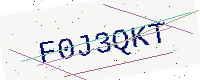
Text: F0J3QKT